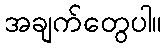
အချက်တွေပါ။